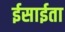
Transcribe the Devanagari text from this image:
ईसाईता